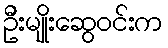
ဦးမျိုးဆွေဝင်းက